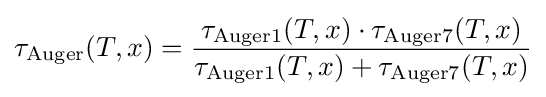
\tau _{\text{Auger}}(T,x)={\frac {\tau _{\text{Auger1}}(T,x)\cdot \tau _{\text{Auger7}}(T,x)}{\tau _{\text{Auger1}}(T,x)+\tau _{\text{Auger7}}(T,x)}}